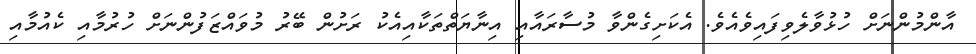
އާންމުންނަށް ހުޅުވާލެވިފައިވެއެވެ. އެކަށިގެންވާ މުސާރައާއި އިނާޔަތްތަކާއިއެކު ރަށުން ބޭރު މުވައްޒަފުންނަށް ހުރުމާއި ކެއުމާއި